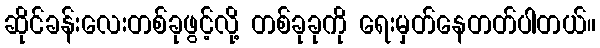
ဆိုင်ခန်းလေးတစ်ခုဖွင့်လို့ တစ်ခုခုကို ရေးမှတ်နေတတ်ပါတယ်။